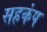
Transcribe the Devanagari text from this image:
सहकंप